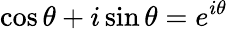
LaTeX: \cos\theta+i\sin\theta=e^{i\theta}